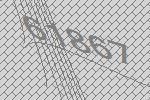
61867